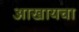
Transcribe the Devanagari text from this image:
आखायचा